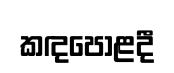
කඳපොළදී